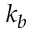
k _ { b }